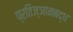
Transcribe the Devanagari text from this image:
प्रतिज्ञानबद्ध